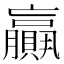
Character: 𦢼